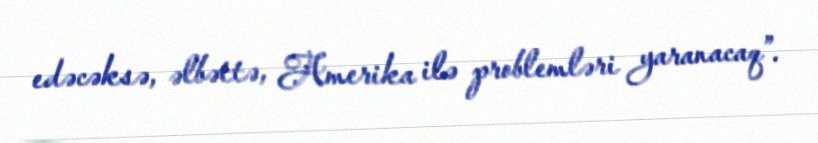
edəcəksə, əlbəttə, Amerika ilə problemləri yaranacaq”.